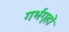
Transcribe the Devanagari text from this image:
गर्भगृहों